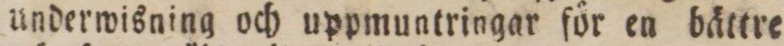
underwisning och uppmuntringar för en bättre